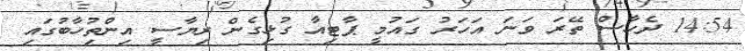
14:54 ދެހާސް ތޭރަ ވަނަ އަހަރު ގައުމީ ޕާޓިއާ ގުޅިގެން ރިޔާސީ އިންތިުހާބުގައި